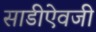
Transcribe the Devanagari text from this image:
साडीऐवजी